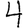
Digit: 4